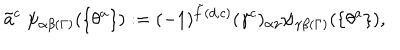
\tilde { a } ^ { c } \; \psi _ { \alpha \beta ( \Gamma ) } ( \{ \theta ^ { a } \} ) : = ( - 1 ) ^ { \tilde { f } ( d , c ) } ( \gamma ^ { c } ) _ { \alpha \gamma } \psi _ { \gamma \beta ( \Gamma ) } ( \{ \theta ^ { a } \} ) ,